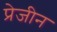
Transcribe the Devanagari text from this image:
प्रेजीन